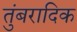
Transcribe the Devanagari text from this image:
तुंबरादिक